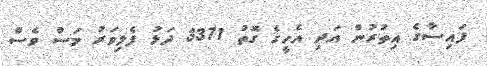
ފައިސާގެ އިތުރުން އަދި އެހީގެ ގޮތު 3371 ދަޅު ފެލިވަރު މަސް ވެސް